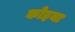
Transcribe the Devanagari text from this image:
कोइया